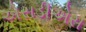
એસડીએસ